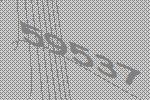
59537